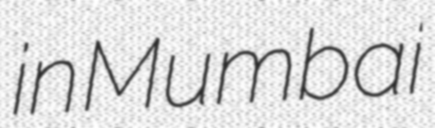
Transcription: in Mumbai